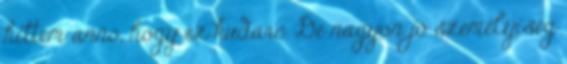
hittem anno, hogy ez kudarc. De nagyon jó személyiség